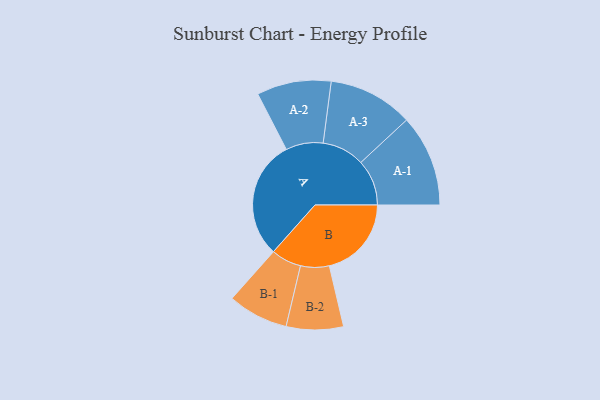
{"axis": {"x": "Segment", "y": "Value"}, "legend": ["", "A", "B"], "data": [{"x": "A", "y": 479, "type": ""}, {"x": "B", "y": 331, "type": ""}, {"x": "A-1", "y": 185, "type": "A"}, {"x": "A-2", "y": 150, "type": "A"}, {"x": "A-3", "y": 171, "type": "A"}, {"x": "B-1", "y": 122, "type": "B"}, {"x": "B-2", "y": 115, "type": "B"}]}